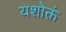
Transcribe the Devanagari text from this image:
यशोक्तं